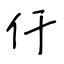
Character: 仟